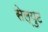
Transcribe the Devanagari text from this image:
सेल्युट